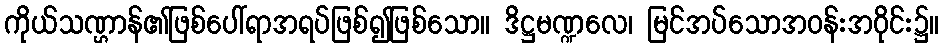
ကိုယ်သဏ္ဌာန်၏ဖြစ်ပေါ်ရာအရပ်ဖြစ်၍ဖြစ်သော။ ဒိဋ္ဌမဏ္ဍလေ၊ မြင်အပ်သောအဝန်းအဝိုင်း၌။